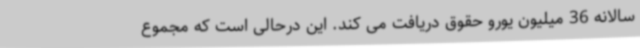
سالانه 36 میلیون یورو حقوق دریافت می کند. این درحالی است که مجموع